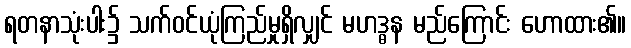
ရတနာသုံးပါး၌ သက်ဝင်ယုံကြည်မှုရှိလျှင် မဟဒ္ဓန မည်ကြောင်း ဟောထား၏။